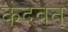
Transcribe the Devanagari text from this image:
कंदवत्‌